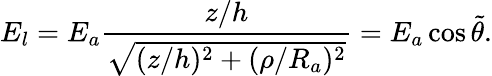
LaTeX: E_{l}=E_{a}\frac{z/h}{\sqrt{(z/h)^{2}+(\rho/R_{a})^{2}}}=E_{a}\cos\tilde{\theta}.